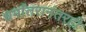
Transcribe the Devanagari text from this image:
धर्मांतरानंतरही